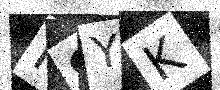
Text: K9YK